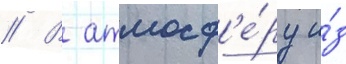
// В атмосф'е́ру и́з